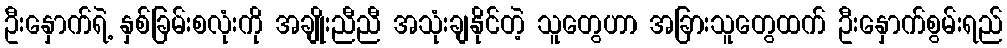
ဦးနှောက်ရဲ့ နှစ်ခြမ်းစလုံးကို အချိုးညီညီ အသုံးချနိုင်တဲ့ သူတွေဟာ အခြားသူတွေထက် ဦးနှောက်စွမ်းရည်